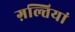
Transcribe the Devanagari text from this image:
ग़ल्तियां